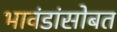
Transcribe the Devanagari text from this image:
भावंडांसोबत